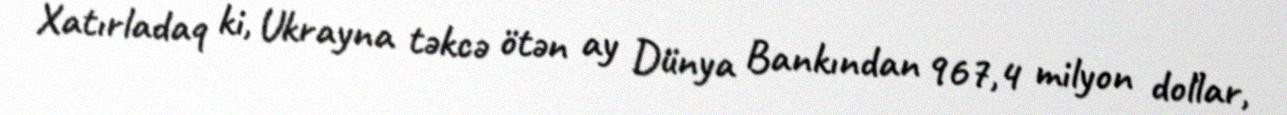
Xatırladaq ki, Ukrayna təkcə ötən ay Dünya Bankından 967,4 milyon dollar,